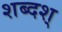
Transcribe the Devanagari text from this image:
शब्दश्